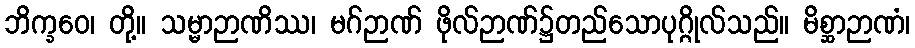
ဘိက္ခဝေ၊ တို့။ သမ္မာဉာဏိဿ၊ မဂ်ဉာဏ် ဖိုလ်ဉာဏ်၌တည်သောပုဂ္ဂိုလ်သည်။ မိစ္ဆာဉာဏံ၊